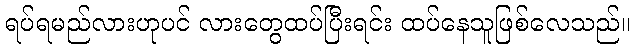
ရပ်ရမည်လားဟုပင် လားတွေထပ်ပြီးရင်း ထပ်နေသူဖြစ်လေသည်။